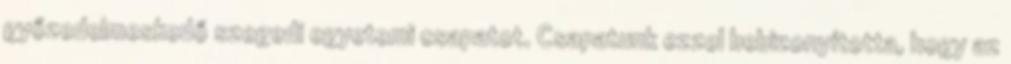
győzedelmeskedő szegedi egyetemi csapatot. Csapatunk ezzel bebizonyította, hogy az